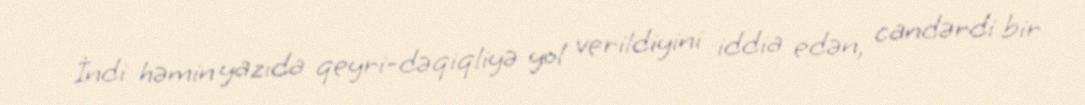
İndi həmin yazıda qeyri-dəqiqliyə yol verildiyini iddia edən, candərdi bir